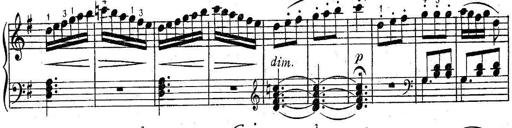
Title: 6 Easy Sonatinas
Composer: Carl Czerny